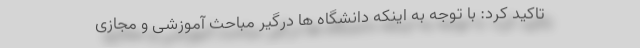
تاکید کرد: با توجه به اینکه دانشگاه ها درگیر مباحث آموزشی و مجازی